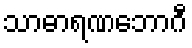
သာဓာရဏဘောဂီ